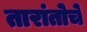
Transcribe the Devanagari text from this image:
तारांतोचे